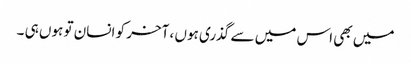
میں بھی اس میں سے گذری ہوں ، آخر کو انسان تو ہوں ہی ۔